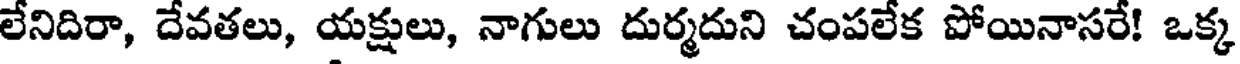
లేనిదిరా, దేవతలు, యక్షులు, నాగులు దుర్మదుని చంపలేక పోయినాసరే! ఒక్క